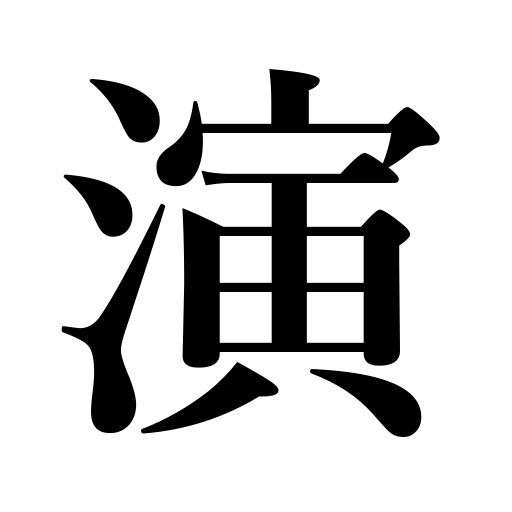
Meanings: stage,render,act,play,put on,enact,perform